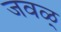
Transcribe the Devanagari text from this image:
जवळ्